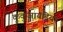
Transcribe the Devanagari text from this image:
कुकुजायडिया